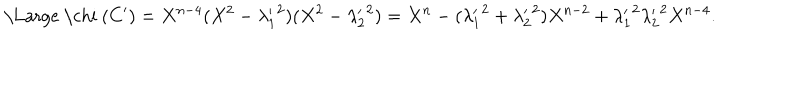
\mathrm { \Large ~ \ c h i ~ } ( { C ^ { \prime } } ) = X ^ { n - 4 } ( X ^ { 2 } - { \lambda _ { 1 } ^ { \prime } } ^ { 2 } ) ( X ^ { 2 } - { \lambda _ { 2 } ^ { \prime } } ^ { 2 } ) = X ^ { n } - ( { \lambda _ { 1 } ^ { \prime } } ^ { 2 } + { \lambda _ { 2 } ^ { \prime } } ^ { 2 } ) X ^ { n - 2 } + { \lambda _ { 1 } ^ { \prime } } ^ { 2 } { \lambda _ { 2 } ^ { \prime } } ^ { 2 } X ^ { n - 4 } .